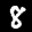
Label: 8